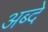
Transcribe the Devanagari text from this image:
अब्दे